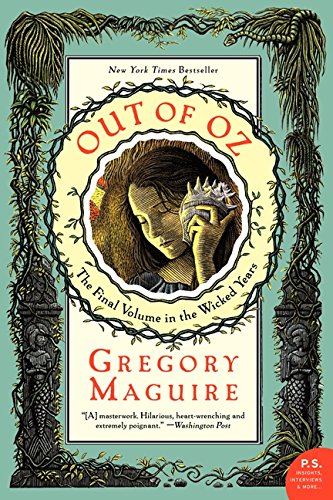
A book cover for Out of Oz: The Final Volume in the Wicked Years; Gregory Maguire; Literature & Fiction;